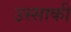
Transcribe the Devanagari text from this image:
उस्साकी